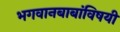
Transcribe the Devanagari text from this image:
भगवानबाबांविषयी